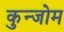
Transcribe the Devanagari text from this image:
कुन्जोम